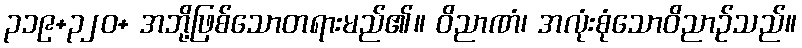
၃၁၉+၃၂၀+ အဘို့ဖြစ်သောတရားမည်၏။ ဝိညာဏံ၊ အလုံးစုံသောဝိညာဉ်သည်။